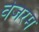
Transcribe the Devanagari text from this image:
वेजरम